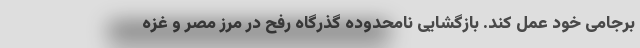
برجامی خود عمل کند. بازگشایی نامحدوده گذرگاه رفح در مرز مصر و غزه